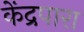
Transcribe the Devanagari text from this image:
केंद्रपारा